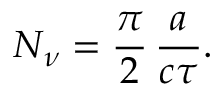
N _ { \nu } = { \frac { \pi } { 2 } } \, { \frac { a } { c \tau } } .